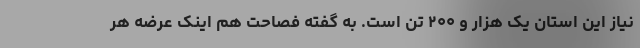
نیاز این استان یک هزار و ۲۰۰ تن است. به گفته فصاحت هم اینک عرضه هر